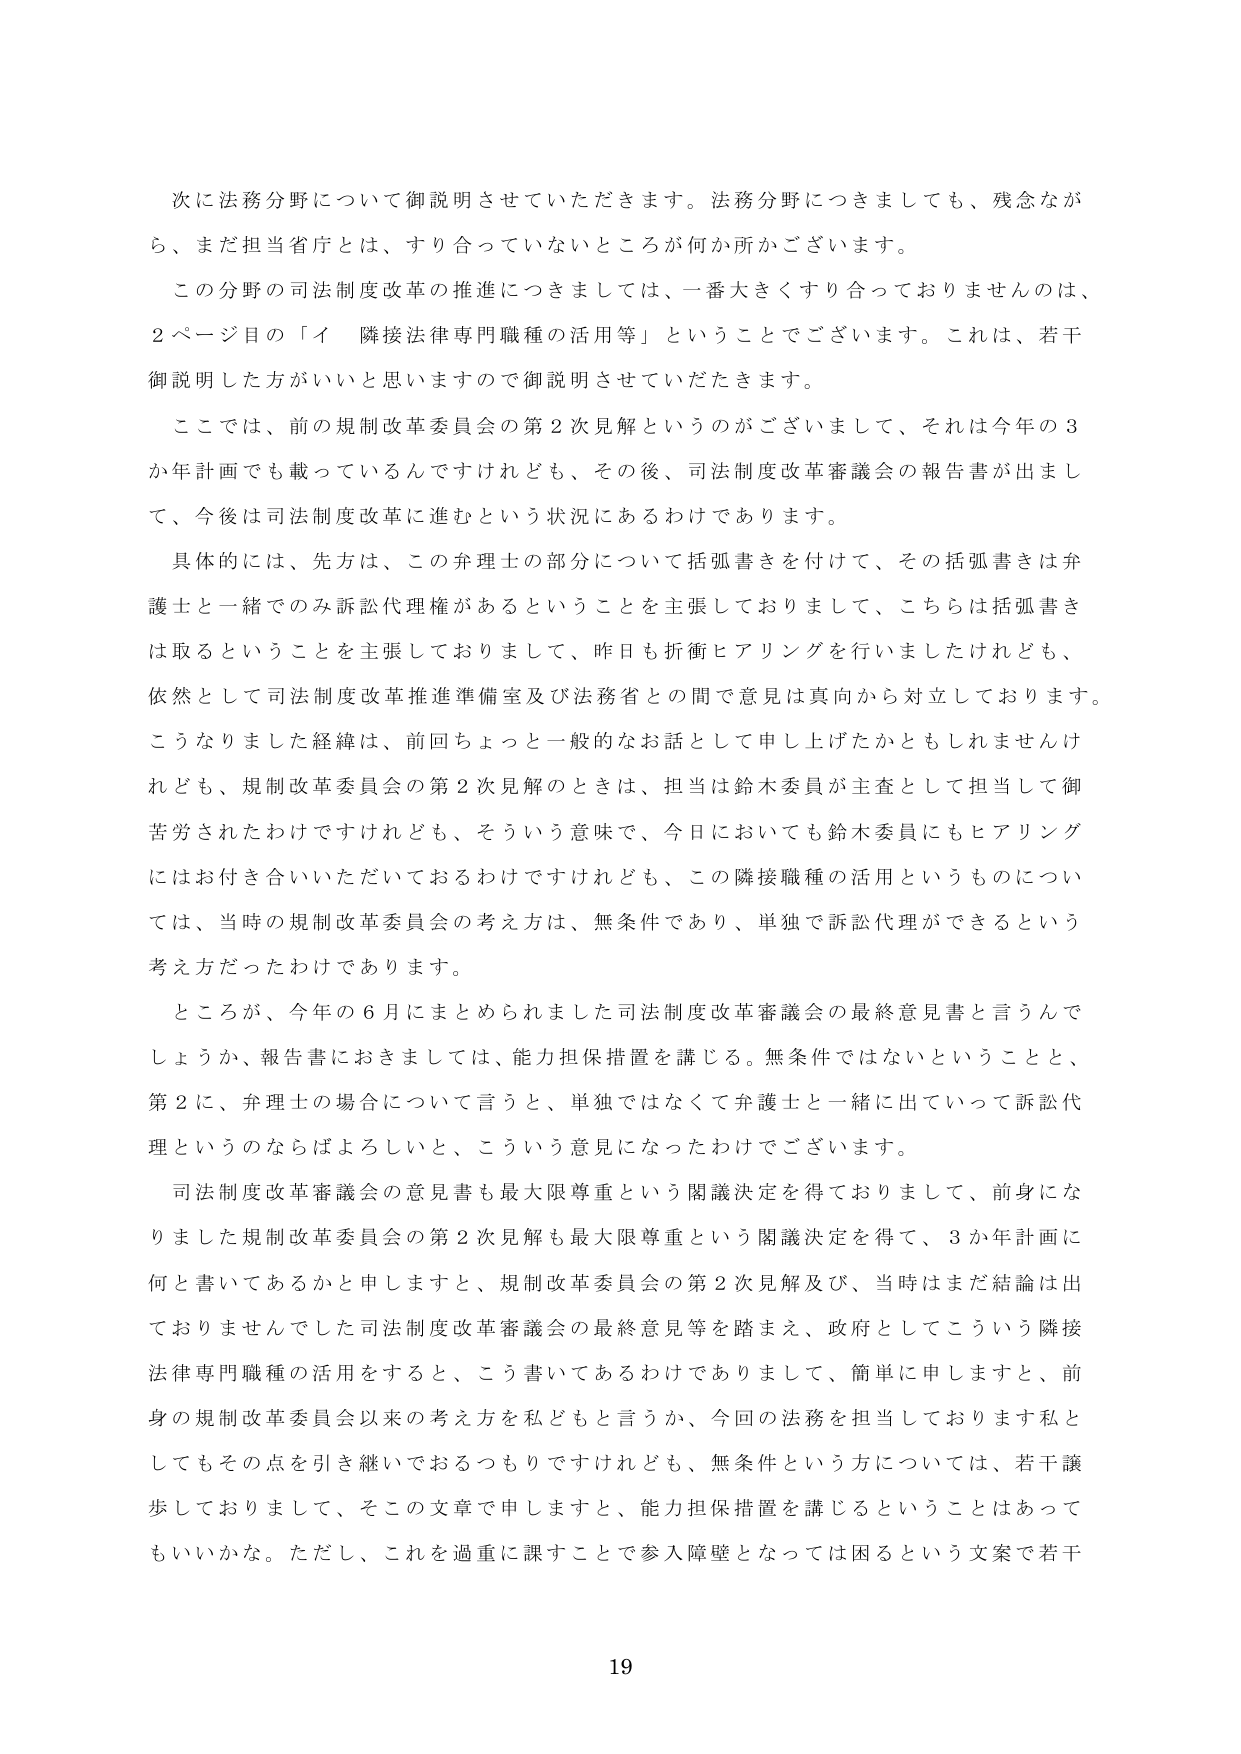
次に法務分野について御説明させていただきます。法務分野につきましても、残念ながら、まだ担当省庁とは、すり合っていないところが何か所かございます。

この分野の司法制度改革の推進につきましては、一番大きくすり合っておりませんのは、2ページ目の「イ 隣接法律専門職種の活用等」ということでございます。これは、若干御説明した方がいいと思いますので御説明させていただきます。

ここでは、前の規制改革委員会の第2次見解というのがございまして、それは今年の3か年計画でも載っているんですけれども、その後、司法制度改革審議会の報告書が出まして、今後は司法制度改革に進むという状況にあるわけであります。

具体的には、先方は、この弁理士の部分について括弧書きを付けて、その括弧書きは弁護士と一緒でのみ訴訟代理権があるということを主張しておりまして、こちらは括弧書きは取るということを主張しておりまして、昨日も折衝ヒアリングを行いましたけれども、依然として司法制度改革推進準備室及び法務省との間で意見は真向から対立しております。こうなりました経緯は、前回ちょっと一般的なお話として申し上げたかともしれませんけれども、規制改革委員会の第2次見解のときは、担当は鈴木委員が主査として担当して御苦労されたわけですけれども、そういう意味で、今日においても鈴木委員にもヒアリングにはお付き合いいただいておるわけですけれども、この隣接職種の活用というものについては、当時の規制改革委員会の考え方は、無条件であり、単独で訴訟代理ができるという考え方だったわけであります。

ところが、今年の6月にまとめられました司法制度改革審議会の最終意見書と言うんでしょうか、報告書におきましては、能力担保措置を講じる。無条件ではないということと、第2に、弁理士の場合について言うと、単独ではなくて弁護士と一緒に出ていって訴訟代理というのならばよろしいと、こういう意見になったわけでございます。

司法制度改革審議会の意見書も最大限尊重という閣議決定を得ておりまして、前身になりました規制改革委員会の第2次見解も最大限尊重という閣議決定を得て、3か年計画に何と書いてあるかと申しますと、規制改革委員会の第2次見解及び、当時はまだ結論は出ておりませんでした司法制度改革審議会の最終意見等を踏まえ、政府としてこういう隣接法律専門職種の活用をすると、こう書いてあるわけでありますして、簡単に申しますと、前身の規制改革委員会以来の考え方を私どもと言うか、今回の法務を担当しております私としてもその点を引き継いでおるつもりですけれども、無条件という方については、若干譲歩しておりまして、そこの文章で申しますと、能力担保措置を講じるということはあってもいいかな。ただし、これを過重に課すことで参入障壁となっては困るという文案で若干

19